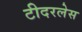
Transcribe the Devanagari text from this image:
टीदरलेस